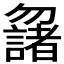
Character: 𠤌